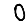
Digit: 0